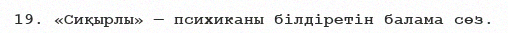
19. «Сиқырлы» — психиканы білдіретін балама сөз.